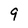
Character: 9